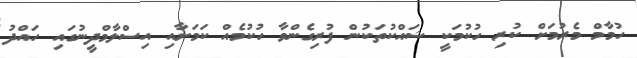
ހުމާމް މެރުމަށް ކުރި ހުކުމަކީ ޝައްކުތަކުން ފުރިގެންވާ ހުކުމެއް ކަމަށާއި އިސްލާމްދީނުގައި ހައްދު